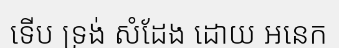
ទើប ទ្រង់ សំដែង ដោយ អនេក